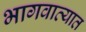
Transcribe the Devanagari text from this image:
भागवाव्यात